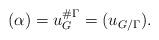
LaTeX: \begin{align*}(\alpha) = u_G^{\#\Gamma} = (u_{G/\Gamma}).\end{align*}